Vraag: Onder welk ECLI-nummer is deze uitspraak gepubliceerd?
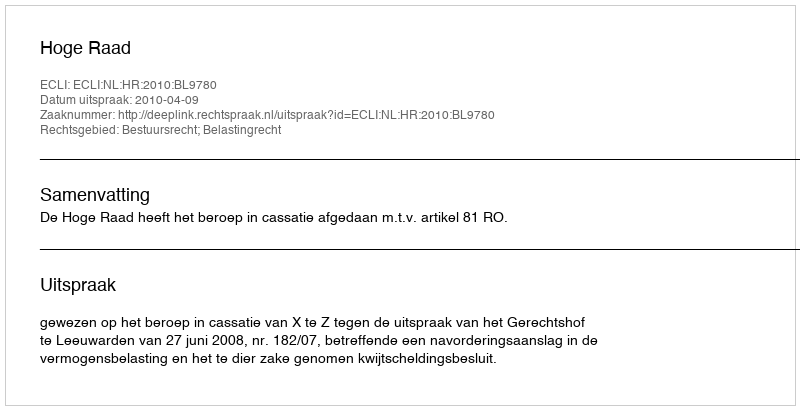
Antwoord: ECLI:NL:HR:2010:BL9780